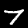
Digit: 7